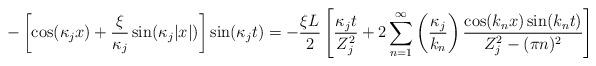
LaTeX: \begin{align*}-\left[\cos(\kappa_j x) + \frac{\xi}{\kappa_j} \sin(\kappa_j |x|)\right]\sin(\kappa_j t) =-\frac{\xi L}{2}\left[ \frac{\kappa_j t}{Z_j^2} + 2\sum_{n=1}^\infty \left(\frac{\kappa_j}{k_n}\right) \frac{\cos(k_n x)\sin(k_n t)}{Z_j^2-(\pi n)^2}\right]\end{align*}